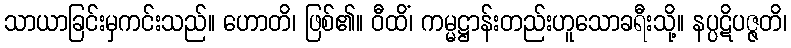
သာယာခြင်းမှကင်းသည်။ ဟောတိ၊ ဖြစ်၏။ ဝီထိံ၊ ကမ္မဋ္ဌာန်းတည်းဟူသောခရီးသို့။ နပ္ပဋိပဇ္ဇတိ၊